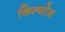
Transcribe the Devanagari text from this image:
किल्मोग